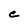
Character: C